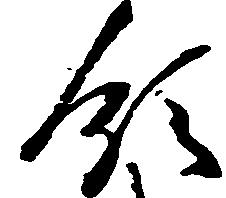
領